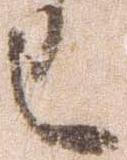
已